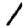
Digit: 1